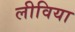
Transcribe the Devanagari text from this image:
लीविया